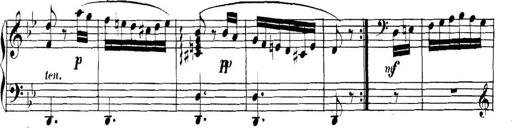
Title: Collected Piano Sonatas
Composer: Muzio Clementi